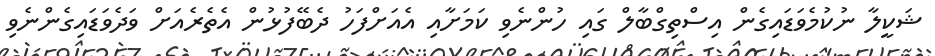
ޝަކީލާ ނުކުމެވަޑައިގެން އިސްތިގްބާލް ގައި ހުންނެވި ކަމަށާއި އެއަށްފަހު ދެބޭފުޅުން އެތެރެއަށް ވަދެވަޑައިގެންނެވި